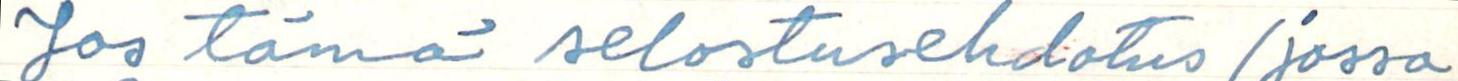
Jos tämä selostusehdotus (jossa